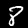
Label: 8